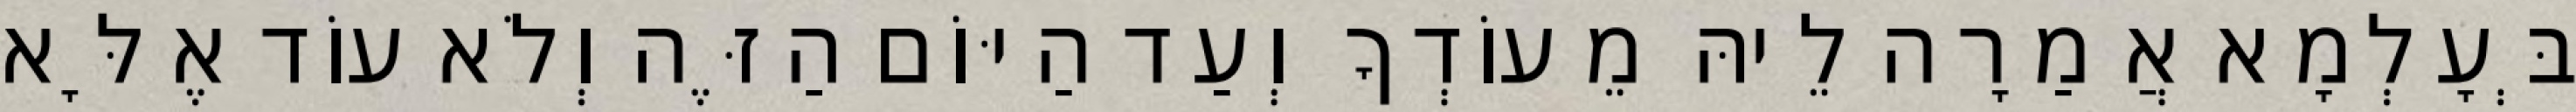
בְּעָלְמָא אֲמַרָה לֵיהּ מֵעוֹדְךָ וְעַד הַיּוֹם הַזֶּה וְלֹא עוֹד אֶלָּא